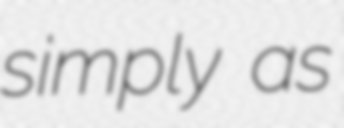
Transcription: simply as